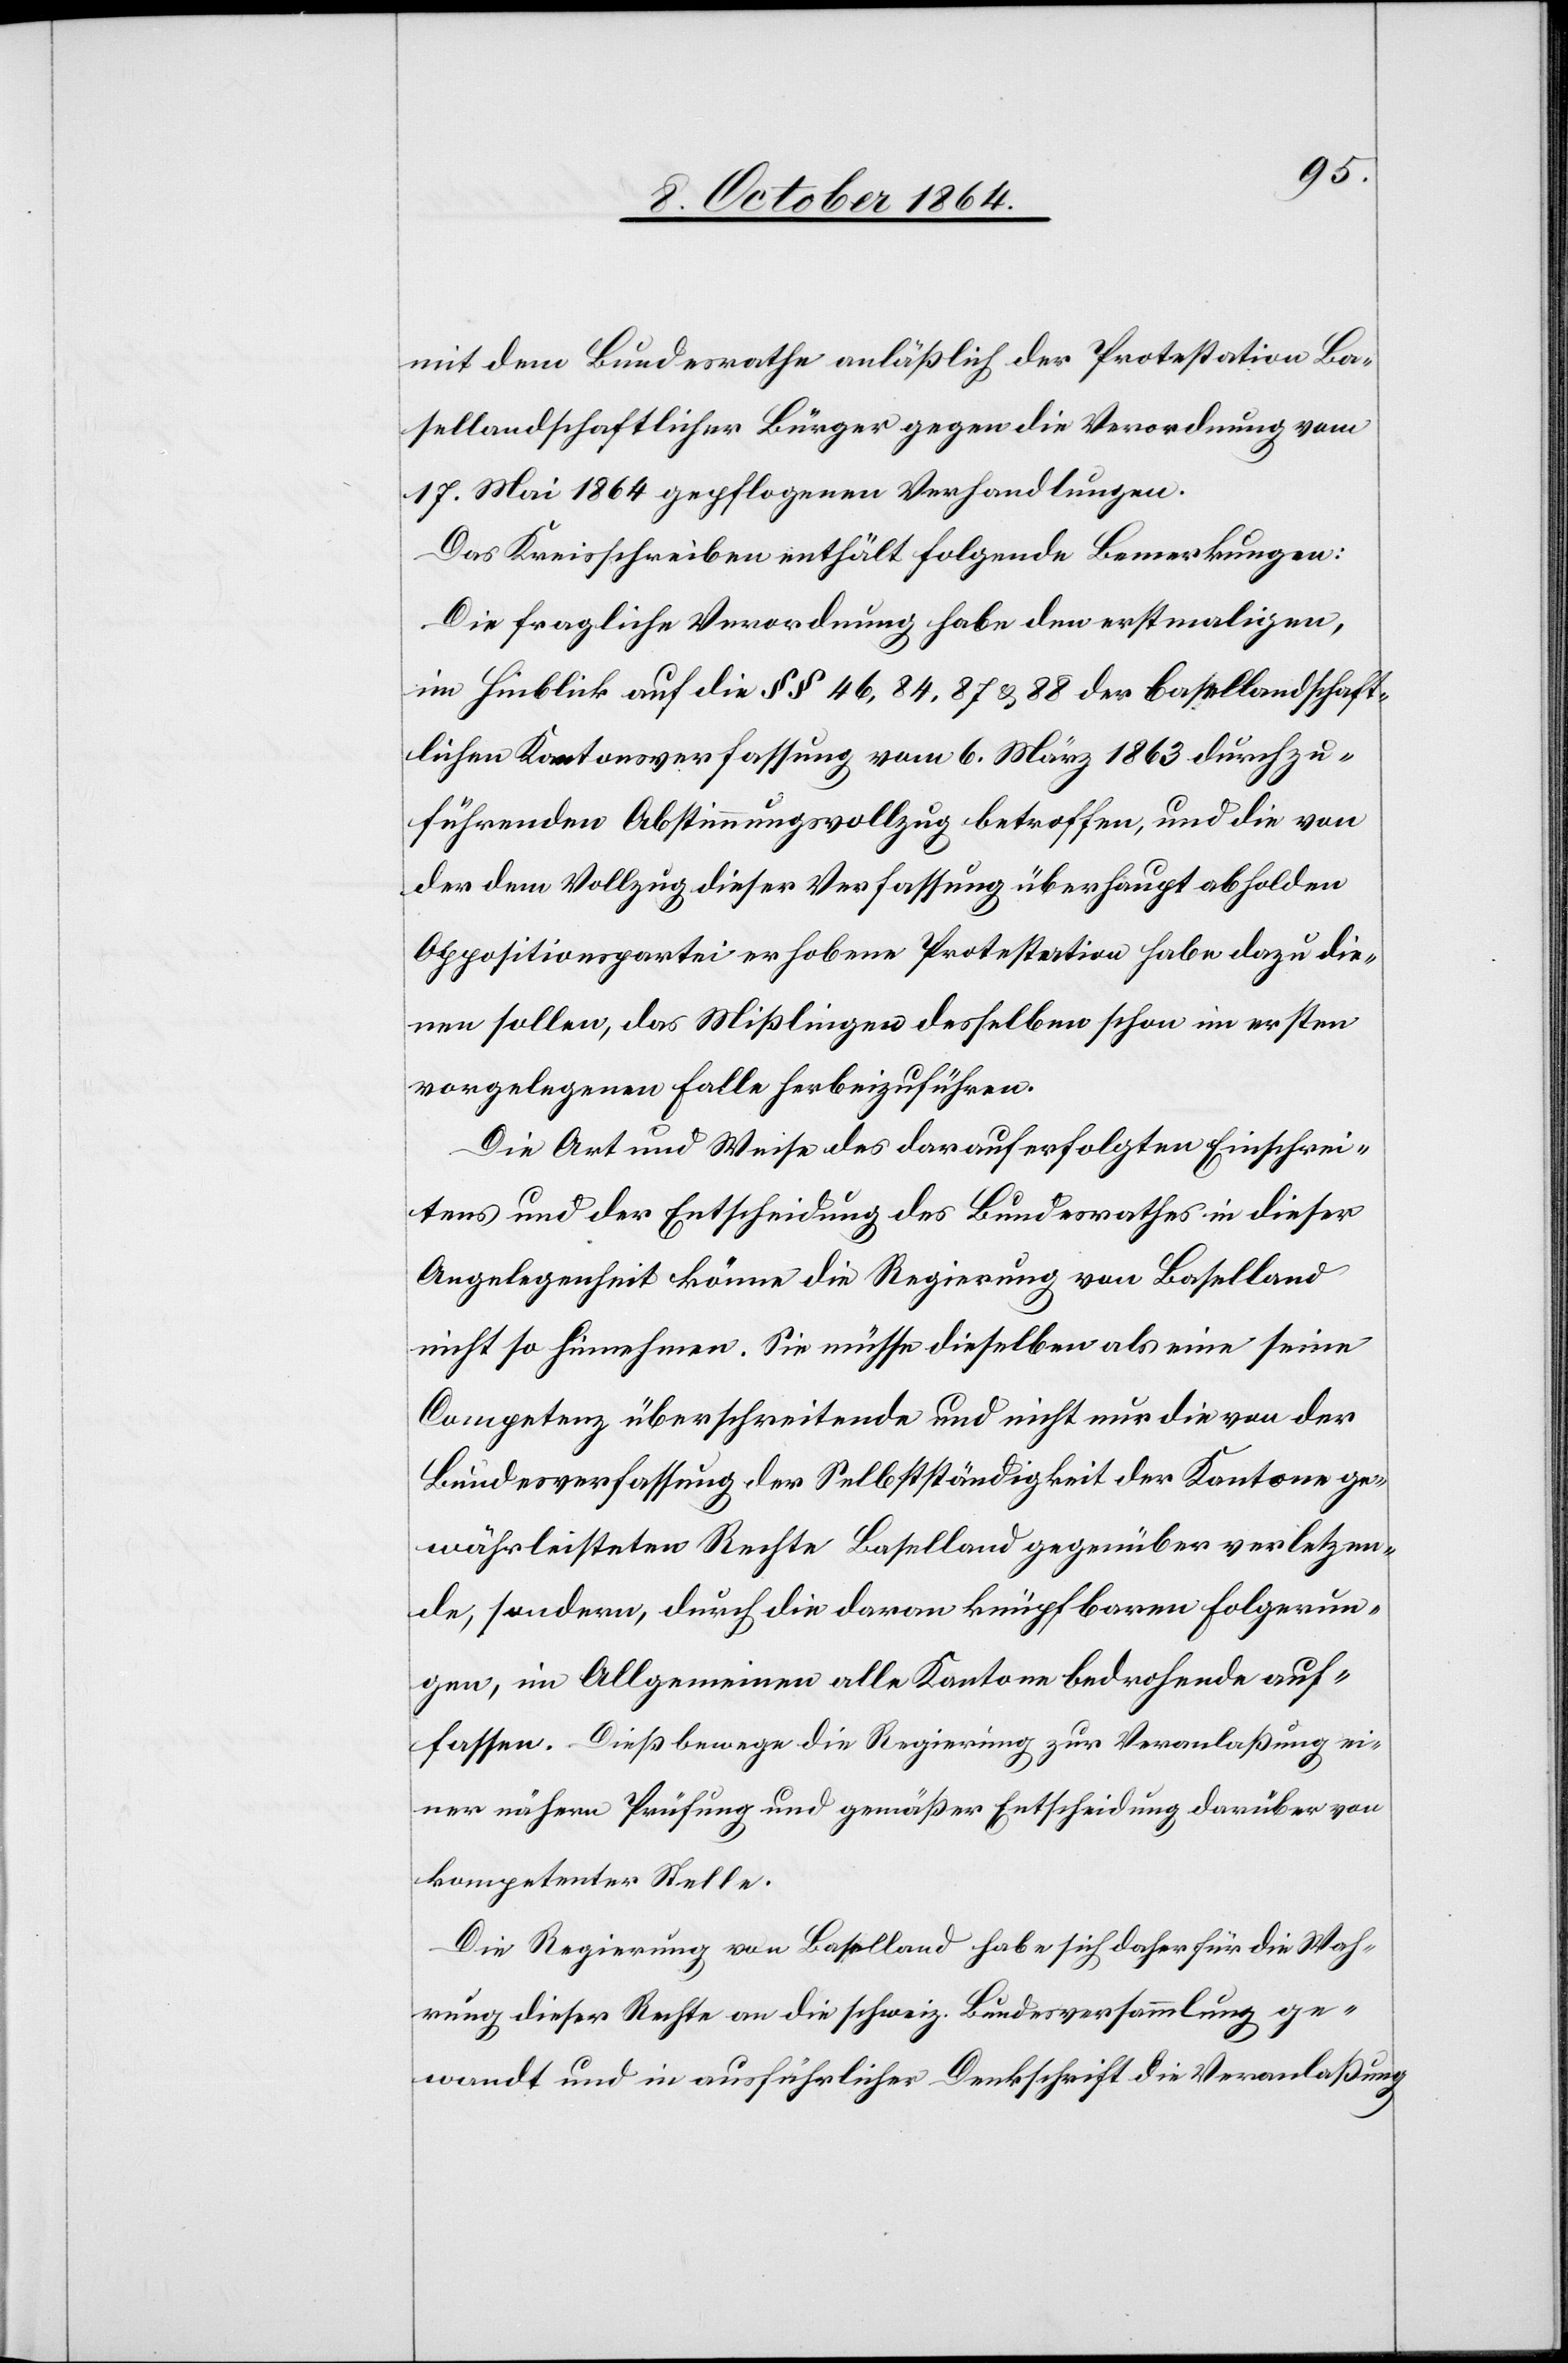
mit dem Bundesrathe anläßlich der Protestation Ba¬
sellandschaftlicher Bürger gegen die Verordnung vom
17. Mai 1864 gepflogenen Verhandlungen.
Das Kreisschreiben enthält folgende Bemerkungen:
Die fragliche Verordnung habe den erstmaligen,
im Hinblick auf die §§ 46, 84, 87, & 88 der Basellandschaft¬
lichen Kantonsverfassung vom 6. März 1864 durchzu¬
führenden Abstimmungsvollzug betroffen, und die von
der dem Vollzug dieser Verfassung überhaupt abholden
Oppositionspartei erhobene Protestation habe dazu die¬
nen sollen, das Mißlingen desselben schon im ersten
vorgelegenen Falle herbeizuführen.
Die Art und Weise des darauf erfolgten Einschrei¬
tens und der Entscheidung des Bundesrathes in dieser
Angelegenheit könne die Regierung von Baselland
nicht so hinnehmen. Sie müsse dieselben als eine seine
Competenz überschreitende und nicht nur die von der
Bundesverfassung der Selbständigkeit der Kantone ge¬
währleisteten Rechte Baselland gegenüber verletzen¬
de, sondern, durch die daran knüpfbaren Folgerun¬
gen, im Allgemeinen alle Kantone Bedrohende auf¬
fassen. Dieß bewege die Regierung zur Veranlaßung ei¬
ner nähern Prüfung und gemäßer Entscheidung darüber von
kompetenter Stelle.
Die Regierung von Baselland habe sich daher für die Wah¬
rung dieser Rechte an die schweiz. Bundesversammlung ge¬
wandt und in ausführlicher Denkschrift die Veranlaßung